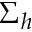
\Sigma _ { h }